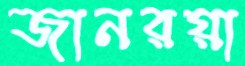
জানরয়া